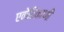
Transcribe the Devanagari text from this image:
एकेठिकाणी